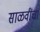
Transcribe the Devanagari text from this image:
साळवींचा